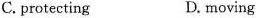
C. protecting D. moving